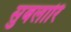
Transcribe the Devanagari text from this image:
सुबलारि